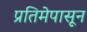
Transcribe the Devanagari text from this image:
प्रतिमेपासून